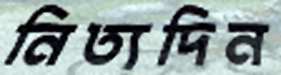
নিত্যদিন